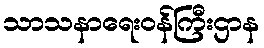
သာသနာရေးဝန်ကြီးဌာန